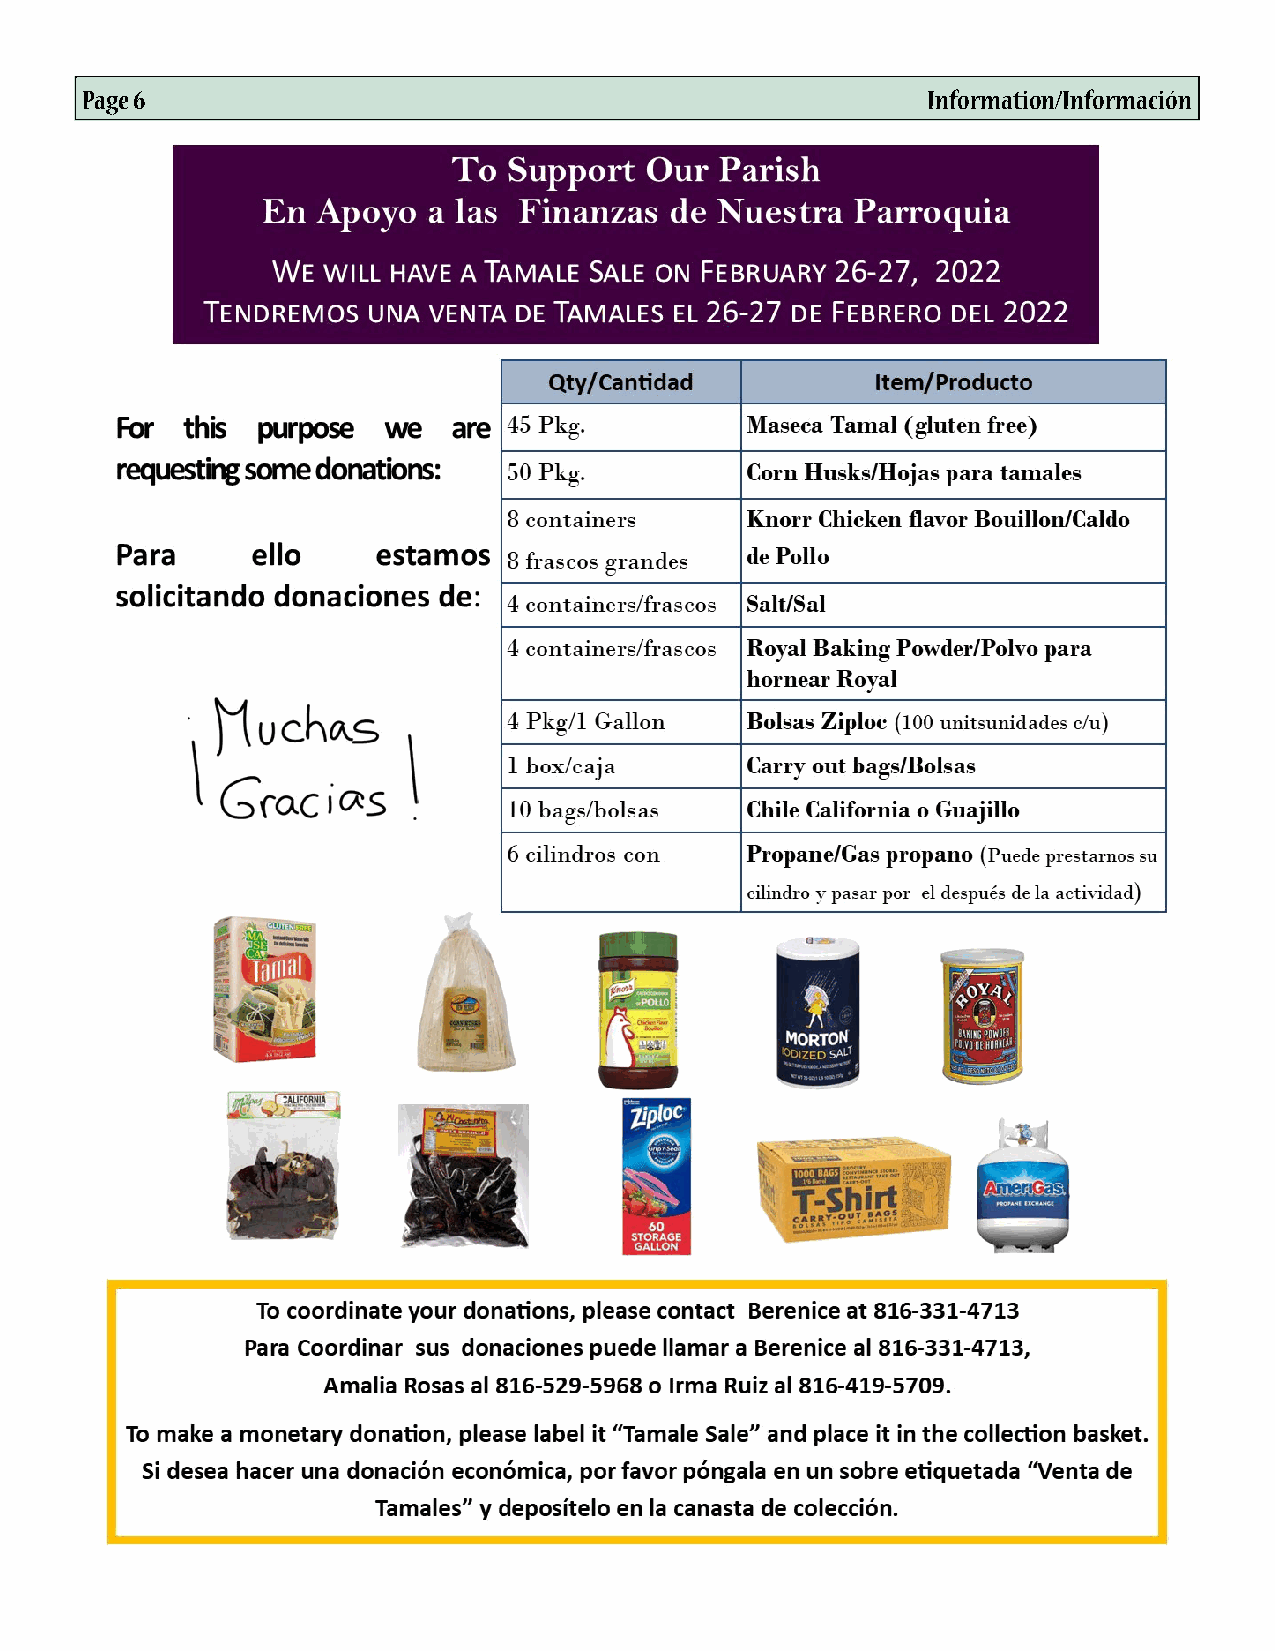
Page 6                                                  Information/Información